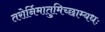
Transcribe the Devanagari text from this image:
तरोर्निमातुमिच्छाम्यधः